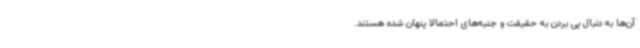
آن‌ها به دنبال پی بردن به حقیقت و جنبه‌های احتمالا پنهان شده هستند.